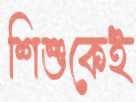
শিশুকেই